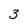
Character: 3